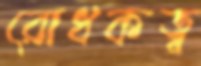
রোধকত্ব